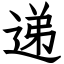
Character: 递